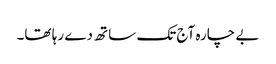
بے چارہ آج تک ساتھ دے رہا تھا۔